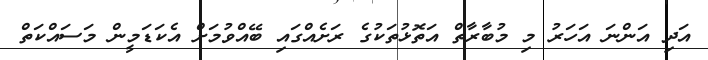
އަދި އަންނަ އަހަރު މި މުބާރާތް އަތޮޅުތަކުގެ ރަށެއްގައި ބޭއްވުމަށް އެކަޑަމީން މަސައްކަތް